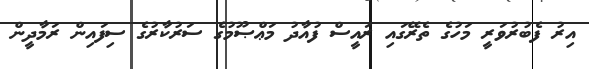
އިރު ފެބުރުވަރީ މަހުގެ ތެރޭގައި ރައީސް ފުއާދު މަޢްޞޫމުގެ ސަރުކާރުގެ ސިފައިން ރަމާދީން